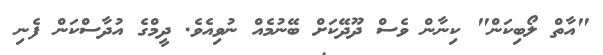
"އާތް ލޯބިކަން" ކިނާން ވެސް ދޫދޭކަށް ބޭނުމެއް ނުވިއެވެ. ދީމްގެ އުދާސްކަން ފެނި